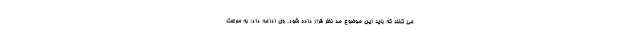
می کنند که باید این موضوع مد نظر قرار داده شود. وی ادامه داد: به سرعت